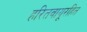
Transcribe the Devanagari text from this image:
हरितवायूरहित